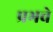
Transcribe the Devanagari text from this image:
प्रभवे